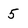
Character: 5